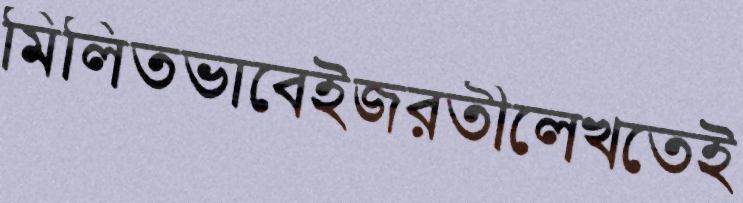
মিলিতভাবেইজরতীলেখতেই